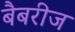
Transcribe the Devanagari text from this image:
बैबरीज